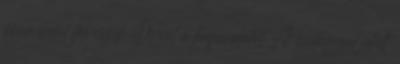
órán belül felveszik Önnel a kapcsolatot A csillaggal jelölt